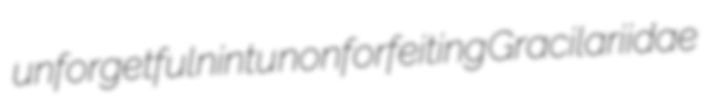
unforgetful nintu nonforfeiting Gracilariidae